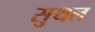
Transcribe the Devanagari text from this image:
सुथल